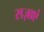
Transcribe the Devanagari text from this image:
सज़ाएं